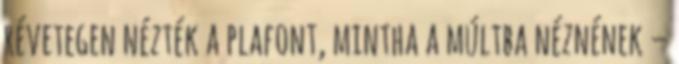
révetegen nézték a plafont, mintha a múltba néznének –